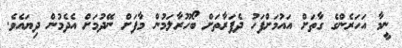
ނީމާ އަހަރެންގެ ގާތަށް އައުމަށްފަހު ދެފަރާތަށް ބޯހޫރާލަމުން މާފަށް ނޭދުމަށް އެދެމުން ދިޔައެވެ.